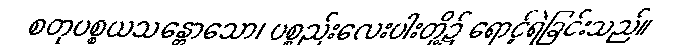
စတုပစ္စယသန္တောသော၊ ပစ္စည်းလေးပါးတို့၌ ရောင့်ရဲခြင်းသည်။